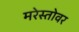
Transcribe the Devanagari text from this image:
मरेस्तोवर